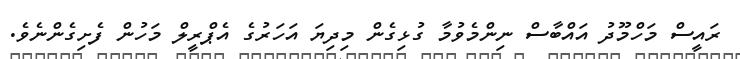
ރައީސް މަހްމޫދު އައްބާސް ނިންމެވުމާ ގުޅިގެން މިދިޔަ އަހަރުގެ އެޕްރީލް މަހުން ފެށިގެންނެވެ.